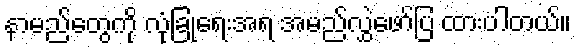
နာမည်တွေကို လုံခြုံရေးအရ အမည်လွှဲဖော်ပြ ထားပါတယ်။